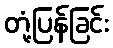
တုံ့ပြန်ခြင်း